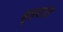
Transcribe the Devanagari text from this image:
बृहदांत